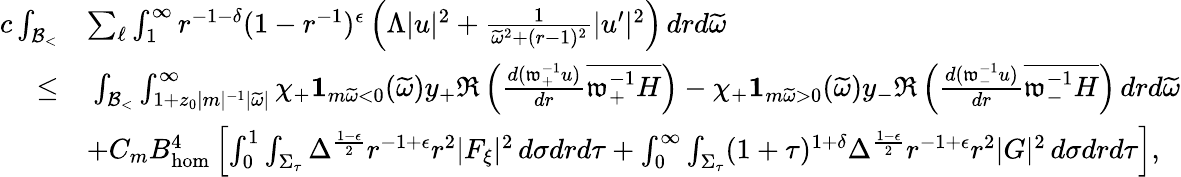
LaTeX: \begin{array}{rl}{c\int_{{\mathcal{B}_{<}}}}&{\sum_{\ell}\int_{1}^{\infty}r^{-1-\delta}(1-r^{-1})^{\epsilon}\left(\Lambda|u|^{2}+\frac{1}{\widetilde{\omega}^{2}+(r-1)^{2}}|u^{\prime}|^{2}\right)\, drd\widetilde{\omega}}\\ {\leq}&{\: \int_{{\mathcal{B}_{<}}}\int_{1+z_{0}|m|^{-1}|\widetilde{\omega}|}^{\infty}\chi_{+}\mathbf{1}_{m\widetilde{\omega}<0}(\widetilde{\omega})y_{+}\Re\left(\frac{d(\mathfrak{w}_{+}^{-1}u)}{dr}\overline{{\mathfrak{w}_{+}^{-1}H}}\right)-\chi_{+}\mathbf{1}_{m\widetilde{\omega}>0}(\widetilde{\omega})y_{-}\Re\left(\frac{d(\mathfrak{w}_{-}^{-1}u)}{dr}\overline{{\mathfrak{w}_{-}^{-1}H}}\right)\, drd\widetilde{\omega}}\\ &{+C_{m}B_{\mathrm{hom}}^{4}\left[\int_{0}^{1}\int_{\Sigma_{\tau}}\Delta^{\frac{1-\epsilon}{2}}r^{-1+\epsilon}r^{2}|F_{\xi}|^{2}\, d\sigma drd\tau+\int_{0}^{\infty}\int_{\Sigma_{\tau}}(1+\tau)^{1+\delta}\Delta^{\frac{1-\epsilon}{2}}r^{-1+\epsilon}r^{2}|G|^{2}\, d\sigma drd\tau\right],}\end{array}